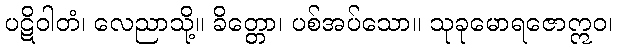
ပဋိဝါတံ၊ လေညာသို့။ ခိတ္တော၊ ပစ်အပ်သော။ သုခုမောရဇောဣဝ၊